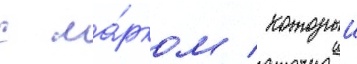
с ма́рком / которыи